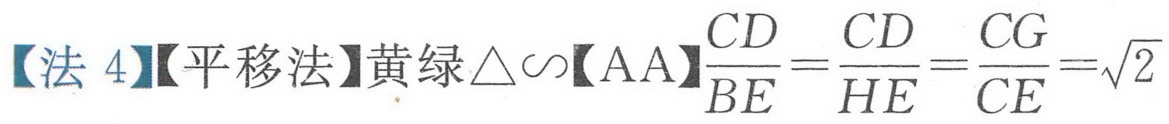
【法 4】【平移法】黄绿\(\triangle\sim\)【AA】\(\frac{CD}{BE}=\frac{CD}{HE}=\frac{CG}{CE}=\sqrt{2}\)